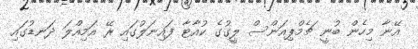
އޭނާ މިހެން ބުނީ ޗެމްޕިއަންސް ލީގުގެ ކުއާޓާ ފައިނަލުގައި ރޭ އަމިއްލަ ދަނޑުގައި